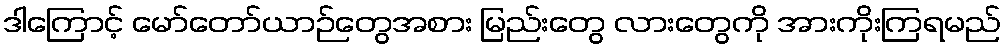
ဒါကြောင့် မော်တော်ယာဉ်တွေအစား မြည်းတွေ လားတွေကို အားကိုးကြရမည်